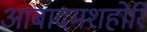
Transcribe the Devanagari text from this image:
आबादमशहोरि